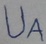
Text: UA